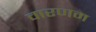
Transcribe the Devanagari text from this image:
वारणम